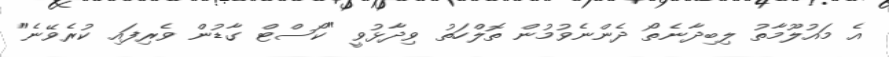
އެ މައުލޫމާތު ލިބިދާނެތޯ ދެންނެވުމުން ތޮލްހަތު ވިދާޅުވީ "ކޯސްޓް ގާޑުން ވެރިފައި ކުރެވޭނެ"